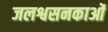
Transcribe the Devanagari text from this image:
जलश्वसनकाओं